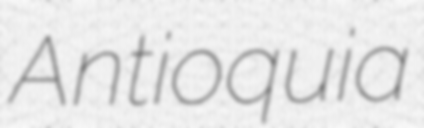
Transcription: Antioquia